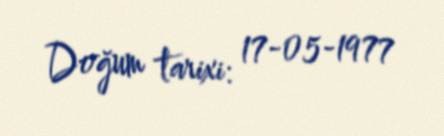
Doğum tarixi: 17-05-1977